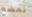
تمضغ